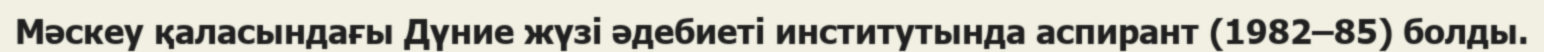
Мәскеу қаласындағы Дүние жүзі әдебиеті институтында аспирант (1982–85) болды.